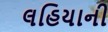
લહિયાની